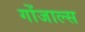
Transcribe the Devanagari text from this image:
गोंजाल्स